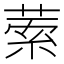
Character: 𦴃